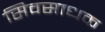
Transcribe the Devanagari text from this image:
सिवसाधक